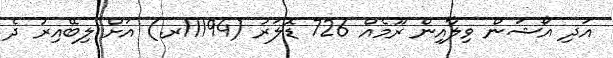
އަދި އޯޝަން ވިލާއިން ރޫމެއް 726 ޑޮލަރު (11194ރ.) އަށް ލިބޭއިރު ދެ